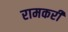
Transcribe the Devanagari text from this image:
रामकरी